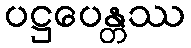
ပဋ္ဌပေန္တဿ